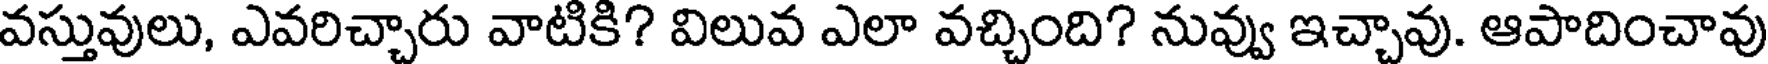
వస్తువులు, ఎవరిచ్చారు వాటికి? విలువ ఎలా వచ్చింది? నువ్వు ఇచ్చావు. ఆపాదించావు